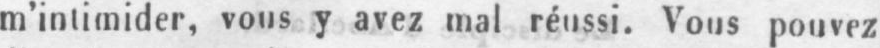
m’intimider, vous y avez mal réussi. Vous pouvez